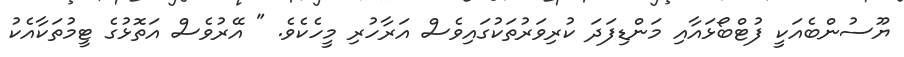
ޔޫސުންބެއަކީ ފުޓްބޯޅައާއި މަންޑިފަދަ ކުރިވަރުތަކުގައިވެސް އަރާހުރި މީހެކެވެ. " އޭރުވެސް އަތޮޅުގެ ޓީމުތަކާއެކު